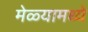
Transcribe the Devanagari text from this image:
मेळ्यामध्ये